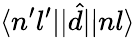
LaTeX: \langle n^{\prime}l^{\prime}||\hat{d}||nl\rangle